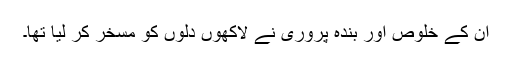
ان کے خلوص اور بندہ پروری نے لاکھوں دلوں کو مسخر کر لیا تھا۔